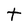
Character: t